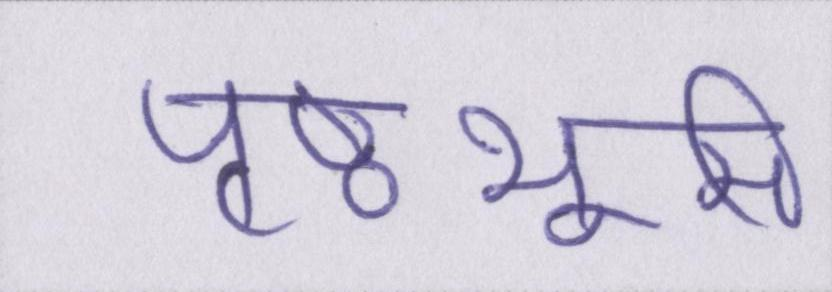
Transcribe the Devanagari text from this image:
पृष्ठभूमि